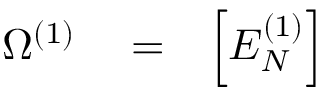
\begin{array} { r l r } { \Omega ^ { ( 1 ) } } & { { } = } & { \Big [ E _ { N } ^ { ( 1 ) } \Big ] } \end{array}